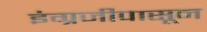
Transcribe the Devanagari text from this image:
इंग्रजीपासून